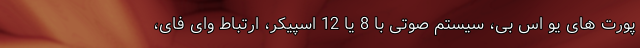
پورت های یو اس بی، سیستم صوتی با 8 یا 12 اسپیکر، ارتباط وای فای،